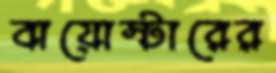
বায়োস্টারের